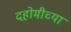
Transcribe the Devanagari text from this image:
दहोमीच्या